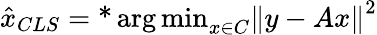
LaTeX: {\hat{x}}_{CLS}=\operatorname{*}{\arg\operatorname*{min}}_{x\in C}\left\| y-Ax\right\| ^{2}